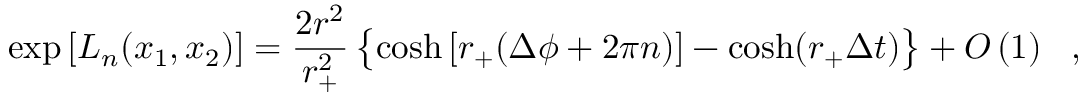
\exp \left[ L _ { n } ( x _ { 1 } , x _ { 2 } ) \right] = \frac { 2 r ^ { 2 } } { r _ { + } ^ { 2 } } \left\{ \cosh \left[ r _ { + } ( \Delta \phi + 2 \pi n ) \right] - \cosh ( r _ { + } \Delta t ) \vphantom { A _ { A } ^ { A } } \right\} + O \left( 1 \right) \ \ ,